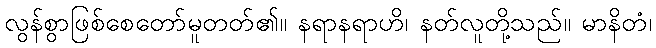
လွန်စွာဖြစ်စေတော်မူတတ်၏။ နရာနရာဟိ၊ နတ်လူတို့သည်။ မာနိတံ၊